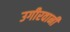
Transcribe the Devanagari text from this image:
उगीरवानी